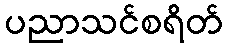
ပညာသင်စရိတ်